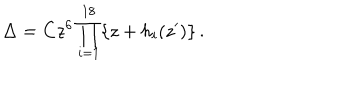
\Delta = C z ^ { 6 } \prod _ { i = 1 } ^ { 1 8 } \{ z + h _ { i } ( z ^ { \prime } ) \} \, .